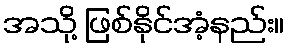
အသို့ ဖြစ်နိုင်အံ့နည်း။